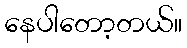
နေပါတော့တယ်။